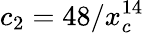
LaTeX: c_{2}=48/x_{c}^{14}